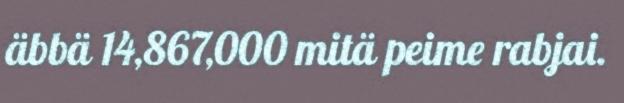
äbbä 14,867,000 mitä peime rabjai.